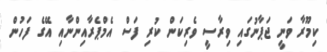
ކިމޫރާ ވަނީ ޖަޕާނުގައި ވިރާސީ ވެރިކަން ކުރި ފަސް އެމްޕެރާއިންނާއި އޭގެ ފަހުން